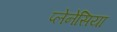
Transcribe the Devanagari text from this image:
प्लेनेसिया